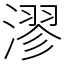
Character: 漻